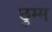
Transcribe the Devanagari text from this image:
छुम्म